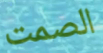
الصمت